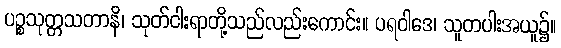
ပဉ္စသုတ္တသတာနိ၊ သုတ်ငါးရာတို့သည်လည်းကောင်း။ ပရဝါဒေ၊ သူတပါးအယူ၌။